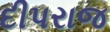
દીપરાજ